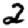
Digit: 2